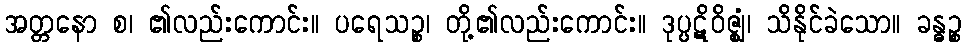
အတ္တနော စ၊ ၏လည်းကောင်း။ ပရေသဉ္စ၊ တို့၏လည်းကောင်း။ ဒုပ္ပဋိဝိဇ္ဈံ၊ သိနိုင်ခဲသော။ ခန္ဓဉ္စ